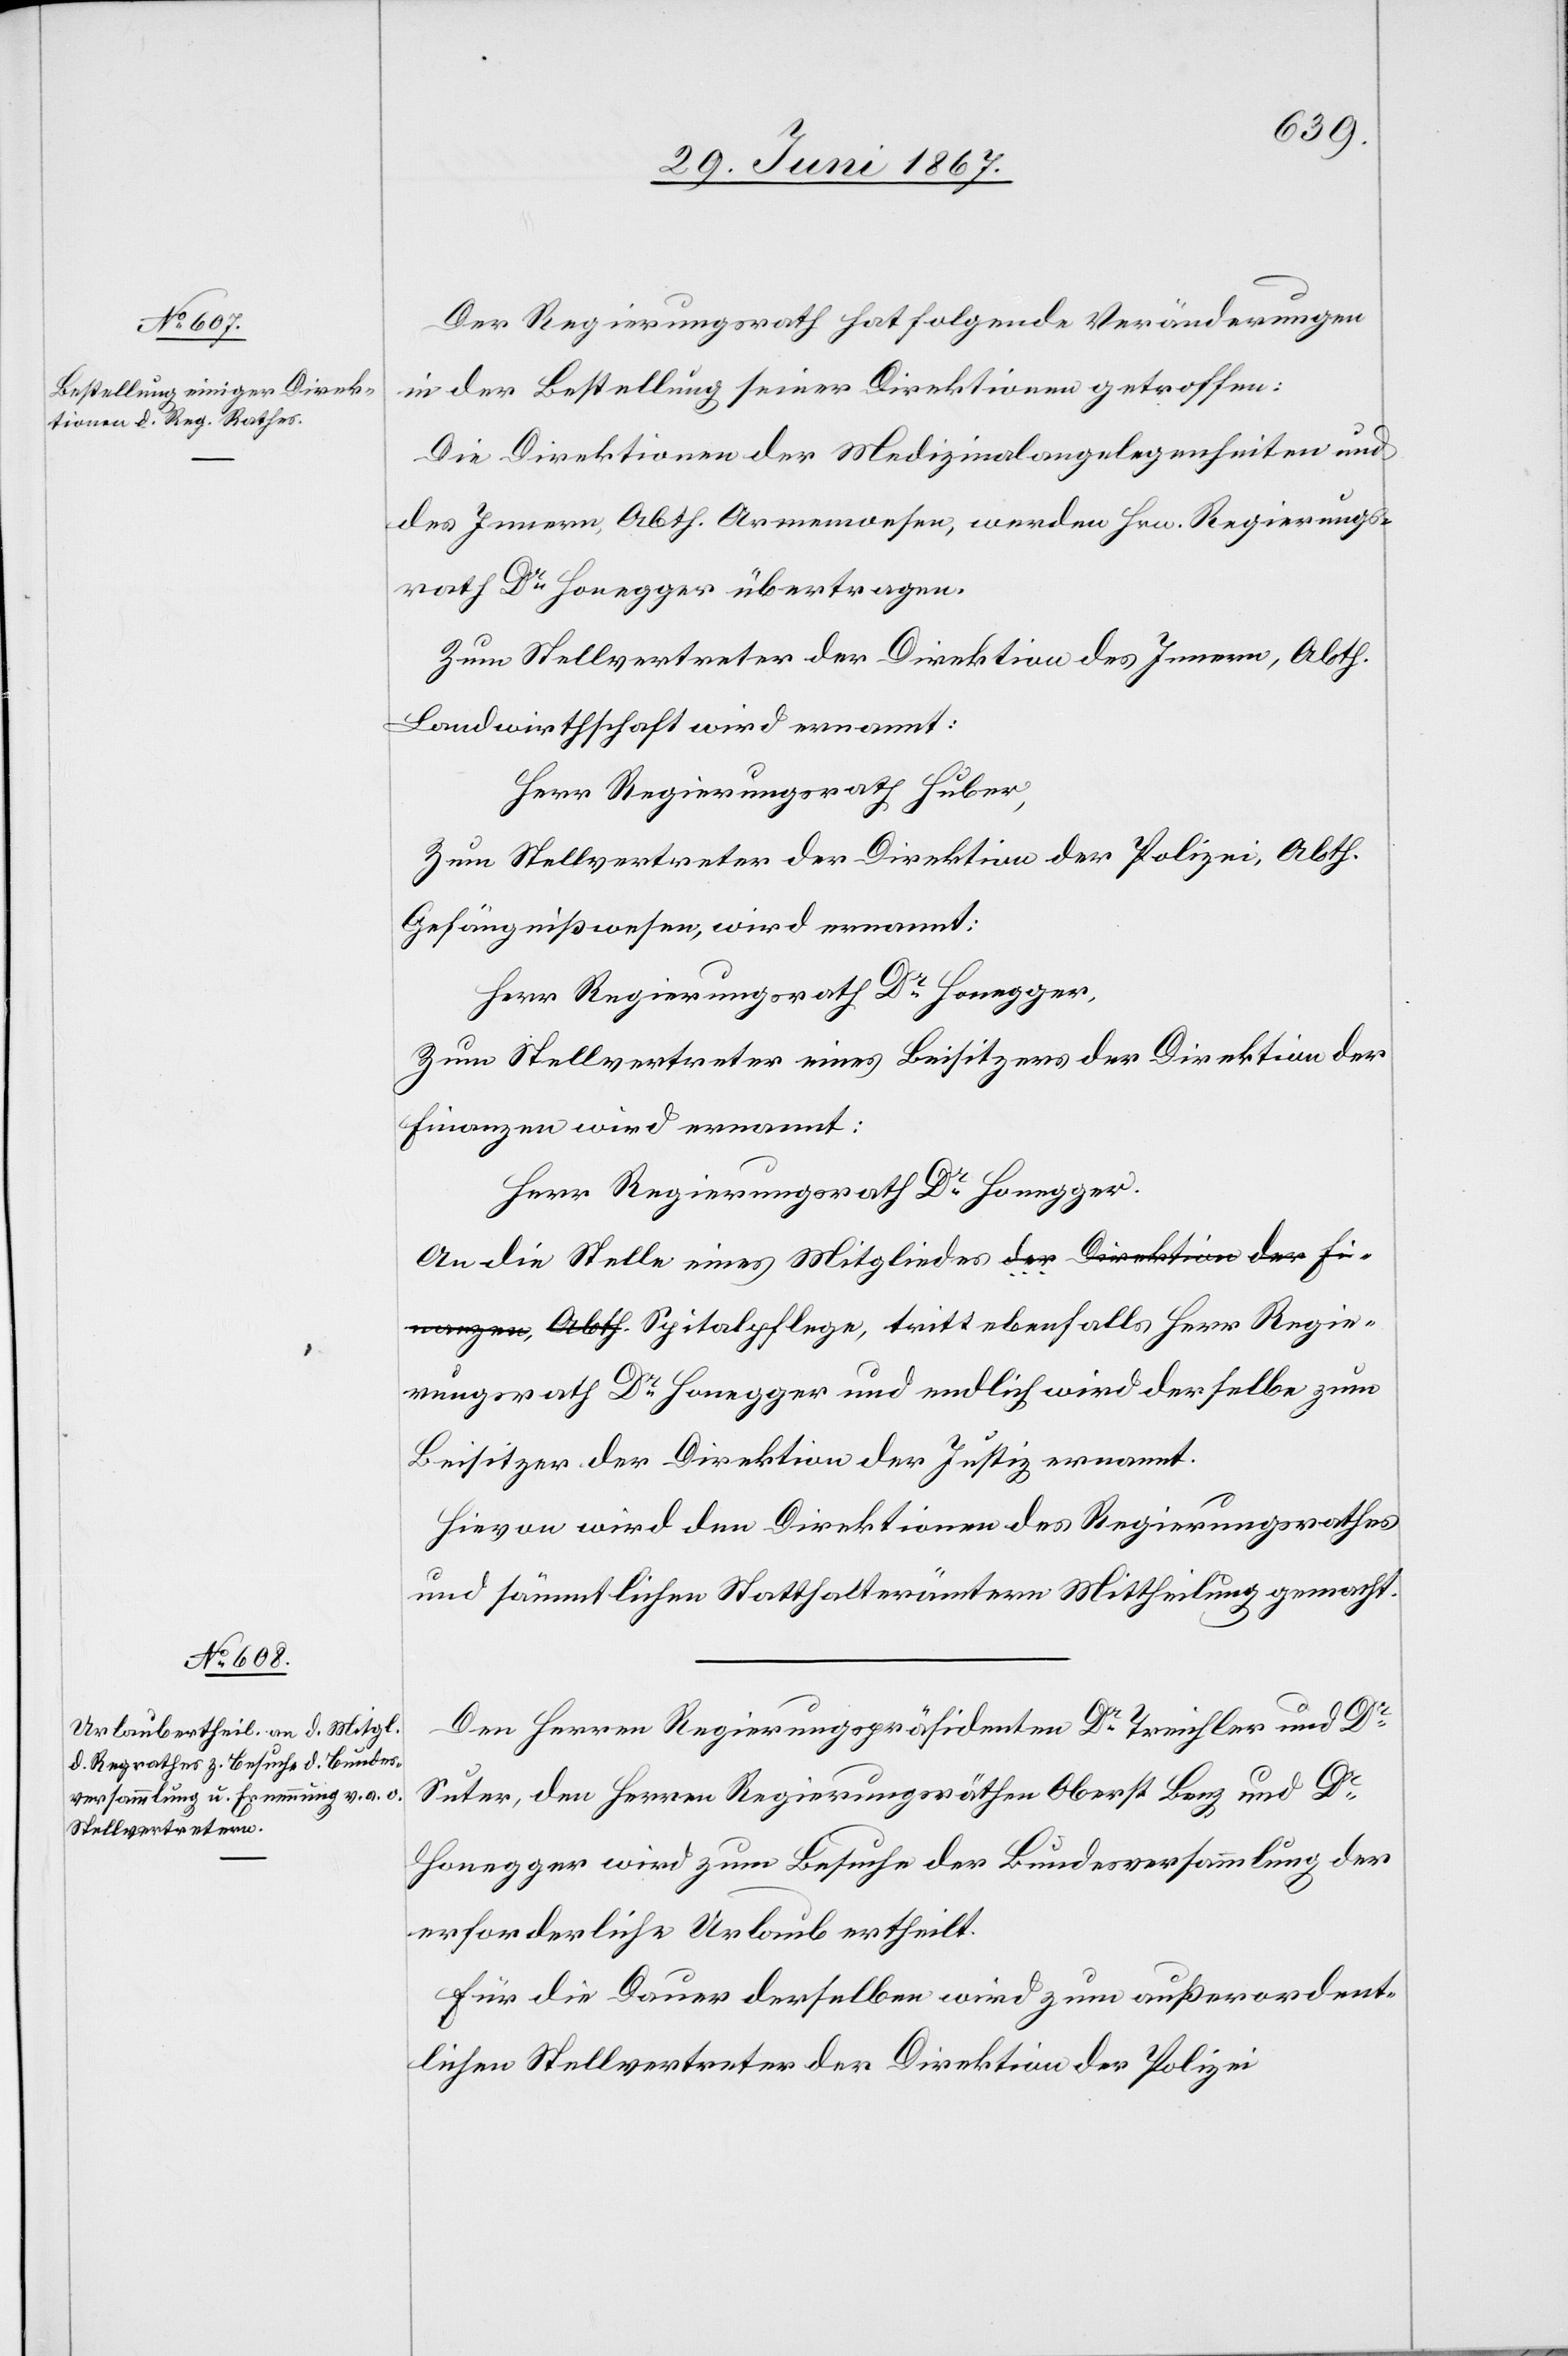
Der Regierungsrath hat folgende Veränderungen
in der Bestellung seiner Direktionen getroffen:
Die Direktionen der Medizinalangelegenheiten und
des Innern, Abth. Armenwesen, werden Hrn. Regierungs¬
rath Dr. Honegger übertragen.
Zum Stellvertreter der Direktion des Innern, Abth.
Landwirthschaft wird ernannt:
Herr Regierungsrath Huber,
Zum Stellvertreter der Direktion der Polizei, Abth.
Gefängnißwesen, wird ernannt:
Herr Regierungsrath Dr. Honegger,
Zum Stellvertreter eines Beisitzers der Direktion der
Finanzen wird ernannt:
Herr Regierungsrath Dr. Honegger.
An die Stelle eines Mitgliedes a-der Direktion der Fi¬
nanzen, Abth.-a Spitalpflege, tritt ebenfalls Herr Regie¬
rungsrath Dr. Honegger und endlich wird derselbe zum
Beisitzer der Direktion der Justiz ernannt.
Hievon wird den Direktionen des Regierungsrathes
und sämmtlichen Statthalterämtern Mittheilung gemacht.
Den Herren Regierungspräsidenten Dr. Treichler und Dr.
Suter, den Herren Regierungsräthen Oberst Benz und Dr.
Honegger wird zum Besuche der Bundesversammlung der
erforderliche Urlaub ertheilt.
Für die Dauer derselben [sic!] wird zum außerordent¬
lichen Stellvertreter der Direktion der Polizei